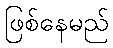
ဖြစ်နေမည်